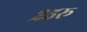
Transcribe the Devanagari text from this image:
२५रू